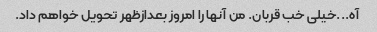
آه...خیلی خب قربان. من آنها را امروز بعدازظهر تحویل خواهم داد.